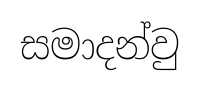
සමාදන්වු